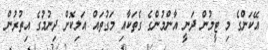
އޭކަންގެ މި ޓީމުން ދަނީ އާންމުންގެ ގެތަކާއި މަގުތައް އަލިކޮށް ދިނުމުގެ އިތުރުން